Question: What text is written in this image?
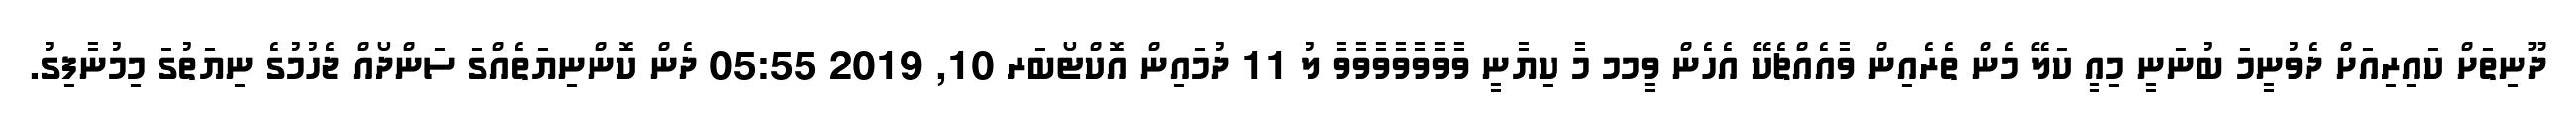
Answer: ދޫނިތަށް ކައިރިއަށް ދެވުނީމަ ބުނަނީ މިއީ ކަލޭ މެން ތެރެއިން ވާއެއްޗެކޭ އެހެން ވީމމ މާ ކިޔާނީ ވާވާވާވާވާވާވާ ލު 11 ދުމައިން އޮކްޓޯބަރ 10, 2019 05:55 ދެން ކޮންނިޔަތެއްގަ ސަންދޯއް ޖެހުމުގެ ނިޔަތުގަ މިމުނާފިގު.